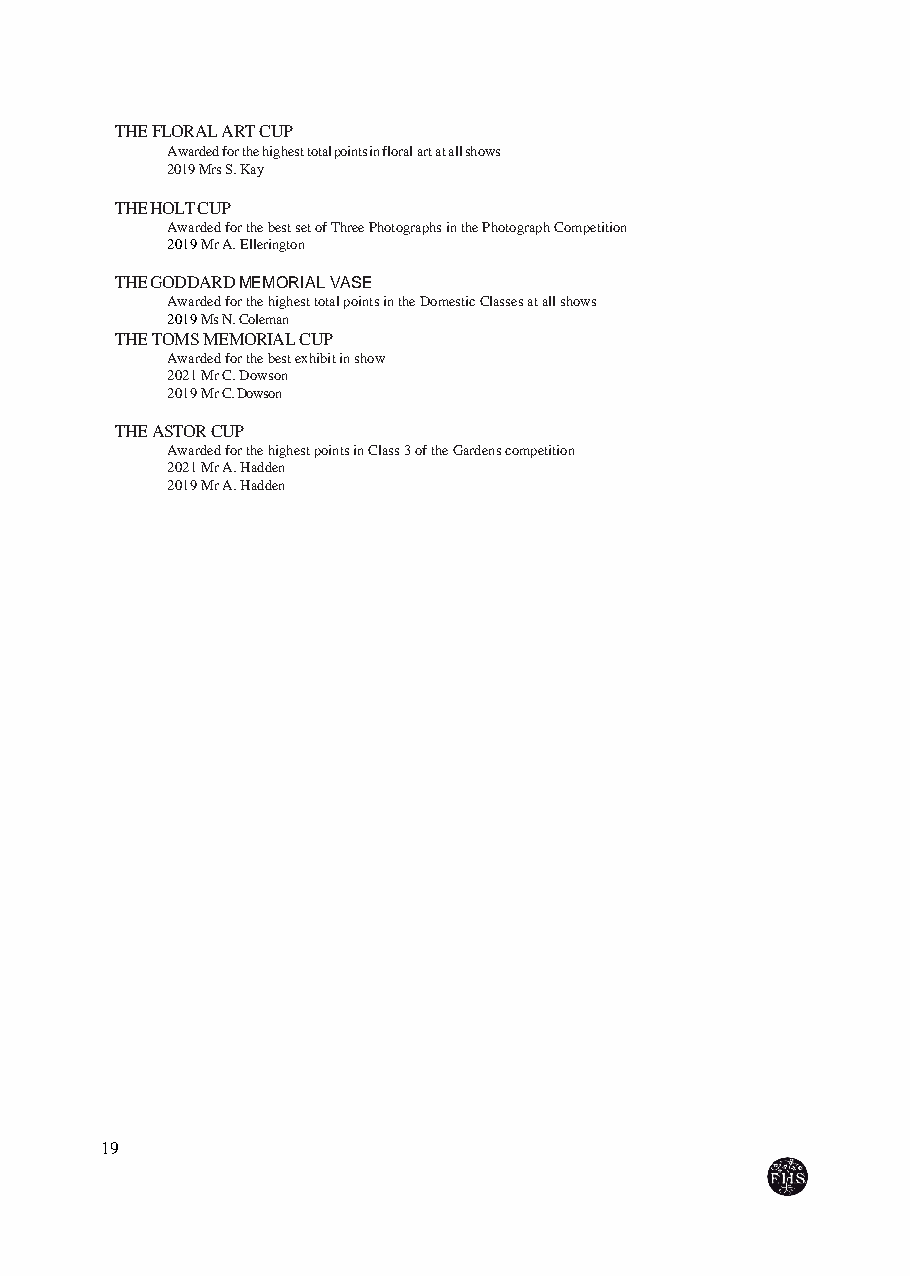
THE FLORAL ART CUP
 Awarded for the highest total points in floral art at all shows
 2019 Mrs S. Kay
 THE HOLT CUP
 Awarded for the best set of Three Photographs in the Photograph Competition
 2019 Mr A. Ellerington
 THE GODDARD MEMORIAL VASE
 Awarded for the highest total points in the Domestic Classes at all shows
 2019 Ms N. Coleman
 THE TOMS MEMORIAL CUP
 Awarded for the best exhibit in show
 2021 Mr C. Dowson
 2019 Mr C. Dowson
 THE ASTOR CUP
 Awarded for the highest points in Class 3 of the Gardens competition
 2021 Mr A. Hadden
 2019 Mr A. Hadden
 19